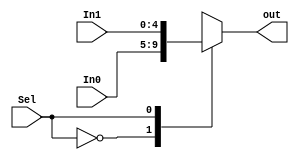
`timescale 1ns / 1ps
//////////////////////////////////////////////////////////////////////////////////
// Company: 
// Engineer: 
// 
// Design Name: 
// Module Name:    twox1_5bit 
// Project Name: 
// Target Devices: 
// Tool versions: 
// Description: 
//
// Dependencies: 
//
// Revision: 
// Revision 0.01 - File Created
// Additional Comments: 
//
//////////////////////////////////////////////////////////////////////////////////
module twox1_5bit(In0,In1,Sel,out
    );
	 
input [4:0] In0,In1;
input Sel;
output [4:0] out;

reg [4:0] out;

always @(In0 or In1 or Sel)
begin
case(Sel)
0: out <= In0;
1: out <= In1;
default: out<= 4'bxxxx;
endcase
end

endmodule